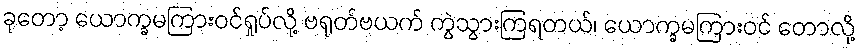
ခုတော့ ယောက္ခမကြားဝင်ရှုပ်လို့ ဗရုတ်ဗယက် ကွဲသွားကြရတယ်၊ ယောက္ခမကြားဝင် တောလို့